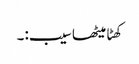
کھٹا میٹھا سیب:۔